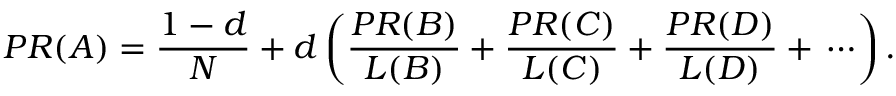
P R ( A ) = { \frac { 1 - d } { N } } + d \left( { \frac { P R ( B ) } { L ( B ) } } + { \frac { P R ( C ) } { L ( C ) } } + { \frac { P R ( D ) } { L ( D ) } } + \, \cdots \right) .